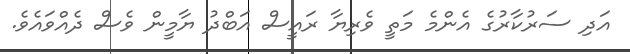
އަދި ސަރުކާރުގެ އެންމެ މަތީ ވެރިޔާ ރައީސް އަބްދު ޔާމީން ވެސް ދެއްވައެވެ.